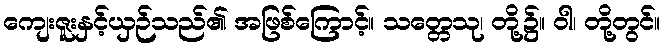
ကျေးဇူးနှင့်ယှဉ်သည်၏ အဖြစ်ကြောင့်။ သတ္တေသု၊ တို့၌။ ဝါ၊ တို့တွင်။